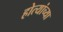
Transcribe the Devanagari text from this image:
होत्यांच्या